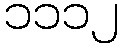
၁၁၁၂